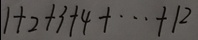
1 + 2 + 3 + 4 + \cdots + 1 2